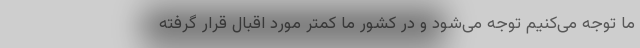
ما توجه می‌کنیم توجه می‌شود و در کشور ما کمتر مورد اقبال قرار گرفته